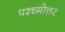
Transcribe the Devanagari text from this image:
पश्च्मोत्तर